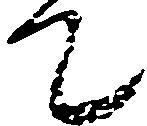
て